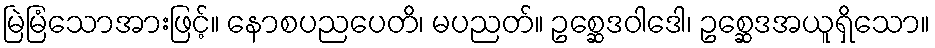
မြဲမြံသောအားဖြင့်။ နောစပညပေတိ၊ မပညတ်။ ဥစ္ဆေဒဝါဒေါ၊ ဥစ္ဆေဒအယူရှိသော။